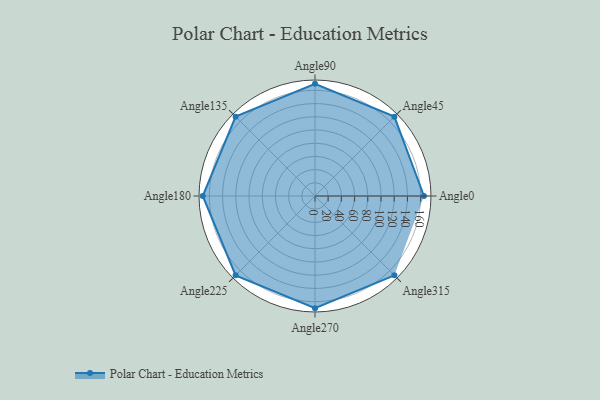
{"axis": {"x": "Angle", "y": "Radius"}, "legend": [""], "data": [{"x": "Angle0", "y": 165.0, "type": ""}, {"x": "Angle45", "y": 170, "type": ""}, {"x": "Angle90", "y": 170, "type": ""}, {"x": "Angle135", "y": 170, "type": ""}, {"x": "Angle180", "y": 170, "type": ""}, {"x": "Angle225", "y": 170, "type": ""}, {"x": "Angle270", "y": 170, "type": ""}, {"x": "Angle315", "y": 170, "type": ""}]}